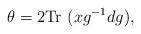
LaTeX: \begin{align*}\theta=2\mbox{Tr}~(xg^{-1}dg),\end{align*}